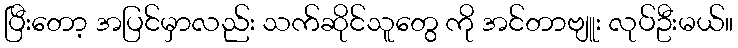
ပြီးတော့ အပြင်မှာလည်း သက်ဆိုင်သူတွေ ကို အင်တာဗျူး လုပ်ဦးမယ်။